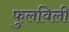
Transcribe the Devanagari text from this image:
फुलविली